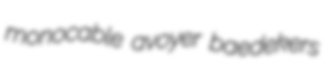
monocable avoyer baedekers